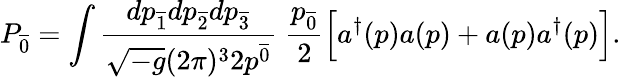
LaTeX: P_{\overline{{{0}}}}=\int{\frac{dp_{\overline{{{1}}}}dp_{\overline{{{2}}}}dp_{\overline{{{3}}}}}{\sqrt{-g}(2\pi)^{3}2p^{\overline{{{0}}}}}}\; {\frac{p_{\overline{{{0}}}}}{2}}\Big[a^{\dagger}(p)a(p)+a(p)a^{\dagger}(p)\Big].